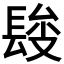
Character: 𨲄